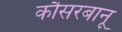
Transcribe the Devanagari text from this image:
कौसरबानू